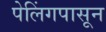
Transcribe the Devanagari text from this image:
पेलिंगपासून